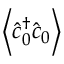
\left\langle \hat { c } _ { 0 } ^ { \dagger } \hat { c } _ { 0 } \right\rangle